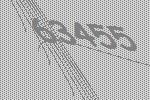
63455